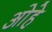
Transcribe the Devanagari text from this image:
ओहे